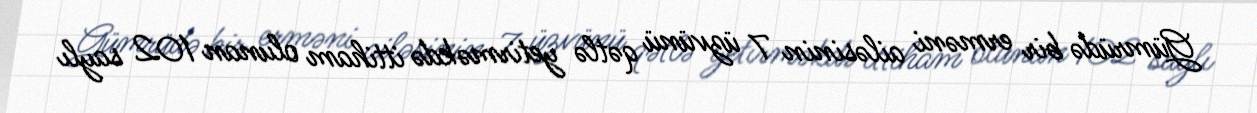
Gümrüdə bir erməni ailəsinin 7 üzvünü qətlə yetirməkdə ittiham olunan 102 saylı